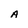
Character: A